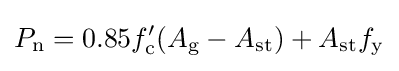
{\begin{aligned}P_{\mathrm {n} }&=0.85f'_{\mathrm {c} }(A_{\mathrm {g} }-A_{\mathrm {st} })+A_{\mathrm {st} }f_{\mathrm {y} }\\\end{aligned}}